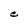
Character: e